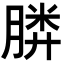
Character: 𣎌